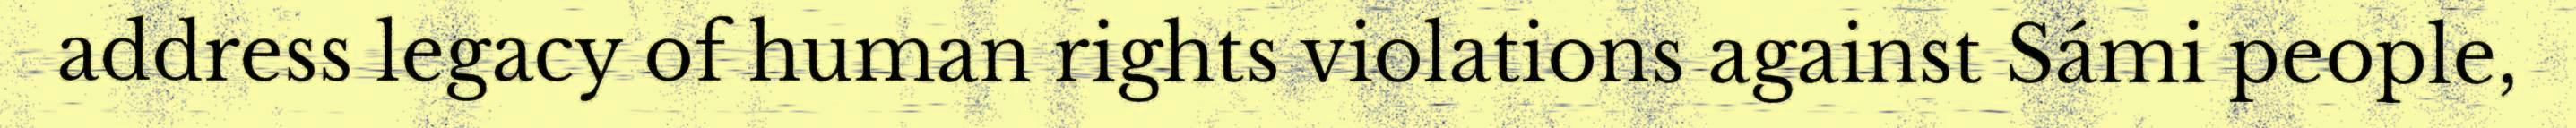
address legacy of human rights violations against Sámi people,